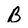
Character: B